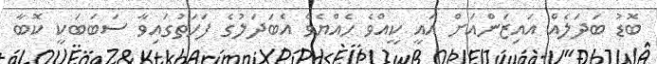
ބޮޑު ބަދަލެއް އައިޒަންއަށް އައީ ކީއްވެ ހެއްޔެވެ އެބަދަލުގެ ފަހަތުގައިވާ ސަބަބަކީ ކޮބާ